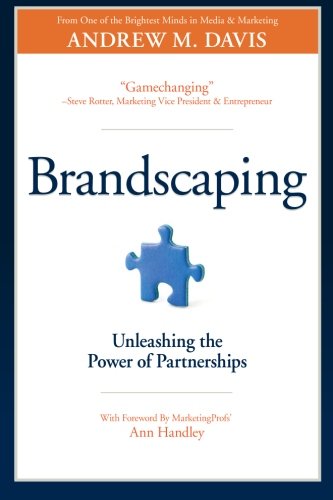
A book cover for Brandscaping: Unleashing the Power of Partnerships; Andrew M Davis; Computers & Technology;